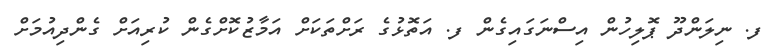
ފ. ނިލަންދޫ ޕޮލިހުން އިސްނަގައިގެން ފ. އަތޮޅުގެ ރަށްތަކަށް އަމާޒުކޮށްގެން ކުރިއަށް ގެންދިއުމަށް